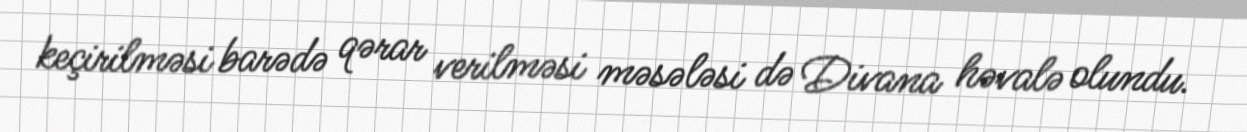
keçirilməsi barədə qərar verilməsi məsələsi də Divana həvalə olundu.